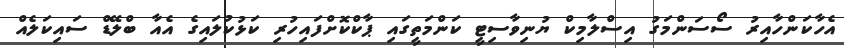
އެހާކަންހާއިރު ސޯސަންމަގު އިސްލާމިކް ޔުނިވާސިޓީ ކަންމަތީގައި ޕާކްކޮށްފައިހުރި ކަޅުކުލައިގެ އެއާ ބްލޭޑް ސައިކަލެއް